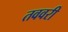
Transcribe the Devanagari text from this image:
तववरी